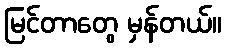
မြင်တာတွေ မှန်တယ်။